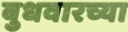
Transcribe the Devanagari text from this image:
बुधवारच्या